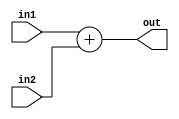
module add32(in1, in2, out);
    // For adding PC+4 with relative address to get branch address
    input [31:0] in1, in2;
    output [31:0] out;

    assign out = in1 + in2;
endmodule